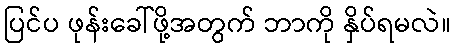
ပြင်ပ ဖုန်းခေါ်ဖို့အတွက် ဘာကို နှိပ်ရမလဲ။